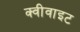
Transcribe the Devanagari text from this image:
क्वीवाइट